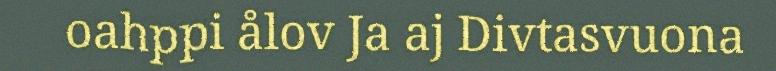
oahppi ålov Ja aj Divtasvuona